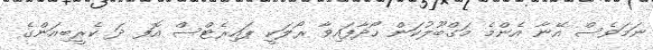
ނަމަވެސް އޭނާ އެންމެ މަގްބޫލުކަން ހޯދާފައިވާ ރޯލަކީ ޕައިރެޓްސް އޮފ ދަ ކެރީބިއަންގެ